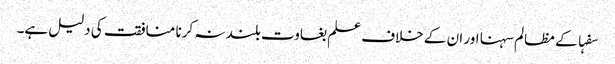
سفہا کے مظالم سہنا اور ان کے خلاف علم بغاوت بلند نہ کرنا منافقت کی دلیل ہے۔